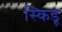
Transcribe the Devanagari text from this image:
स्किडू